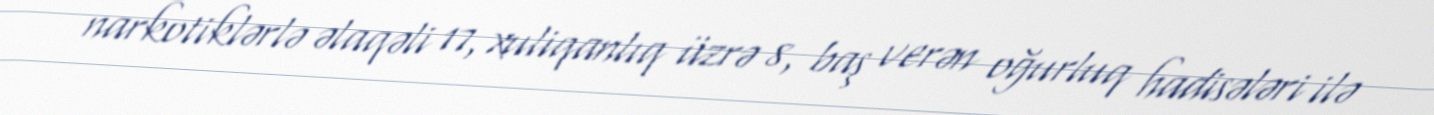
narkotiklərlə əlaqəli 17, xuliqanlıq üzrə 8, baş verən oğurluq hadisələri ilə